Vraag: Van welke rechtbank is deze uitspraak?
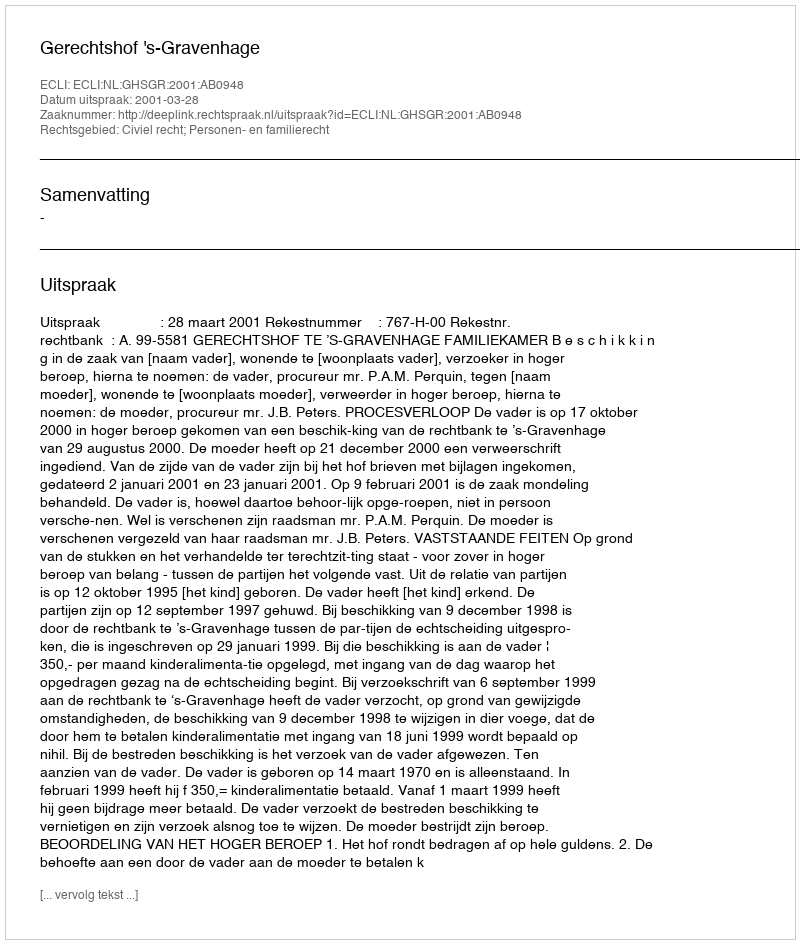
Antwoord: Gerechtshof 's-Gravenhage